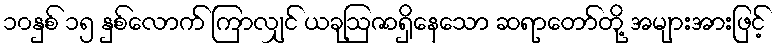
၁၀နှစ် ၁၅ နှစ်လောက် ကြာလျှင် ယခုဩဇာရှိနေသော ဆရာတော်တို့ အများအားဖြင့်